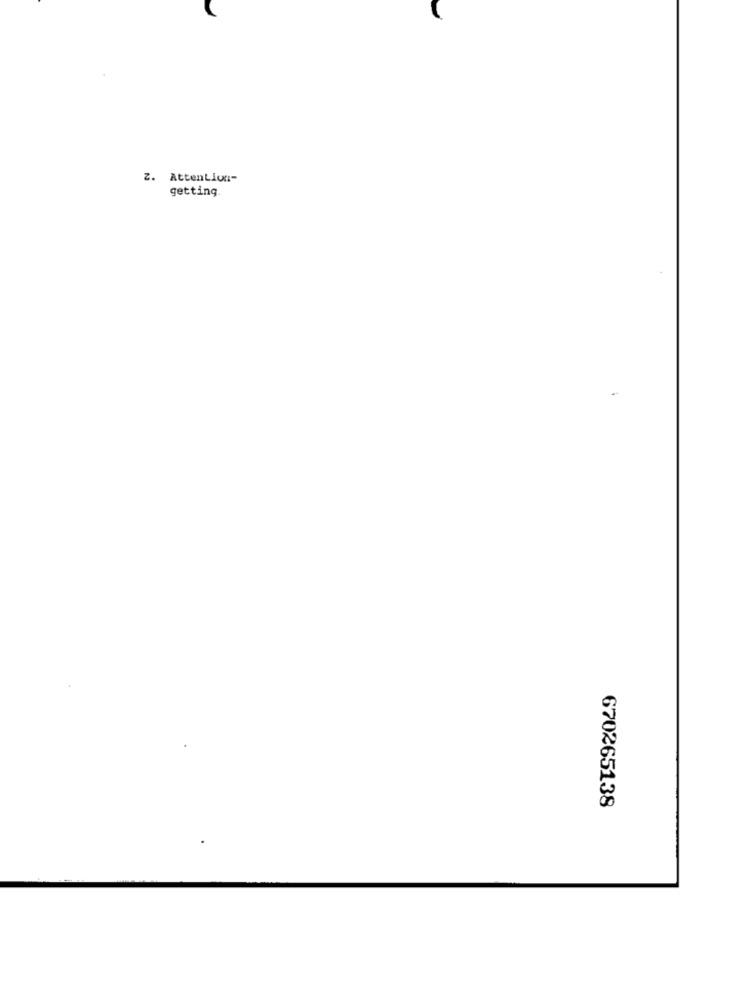
z. Attention-
getting.
670265138